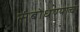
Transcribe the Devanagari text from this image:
संबोधण्याचा